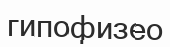
гипофизео